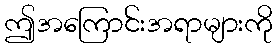
ဤအကြောင်းအရာများကို